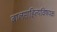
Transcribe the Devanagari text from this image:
बालसाहित्यविषयक